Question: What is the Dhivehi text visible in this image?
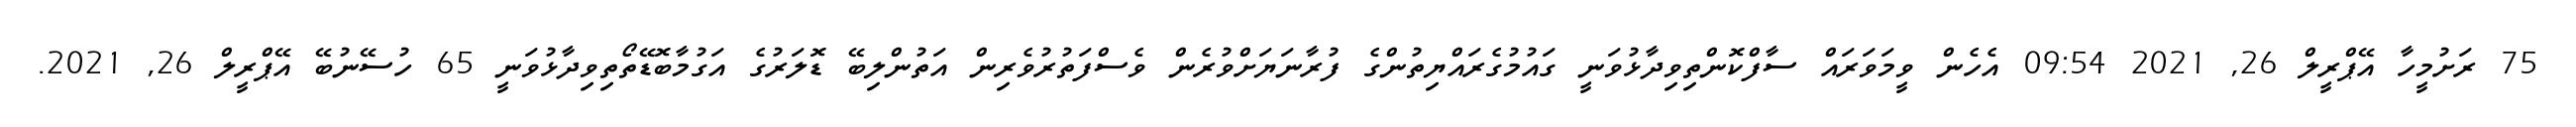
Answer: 75 ރަށުމީހާ އޭޕްރީލް 26, 2021 09:54 އެހެން ވީމަވަރައް ސާފްކޮންތިވިދާޅުވަނީ ގައުމުގެރައްޔިތުންގެ ފުރާނަޔަށްވުރެން ވެސްފަތުރުވެރިން އަތުންލިބޭ ޑޮލަރުގެ އަގުމާބޮޑޭތޯތިވިދާޅުވަނީ 65 ހުސޭނުބޭ އޭޕްރީލް 26, 2021.